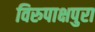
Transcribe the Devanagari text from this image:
विरुपाक्षपुरा